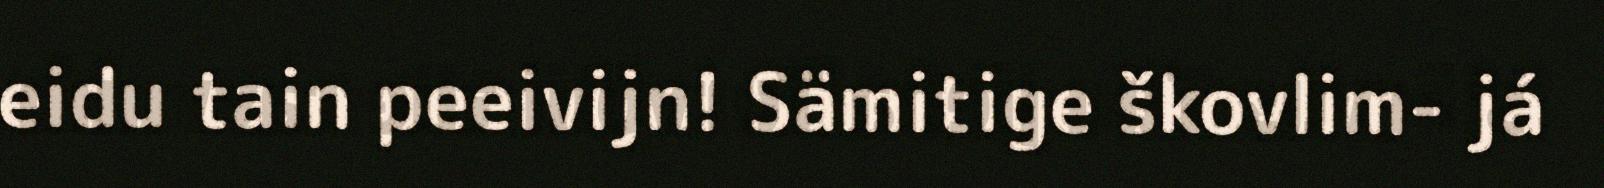
eidu tain peeivijn! Sämitige škovlim- já